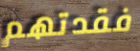
فقدتهم